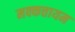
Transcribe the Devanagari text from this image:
मक्कत्तायम